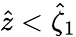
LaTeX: \hat{z}<\hat{\zeta}_{1}